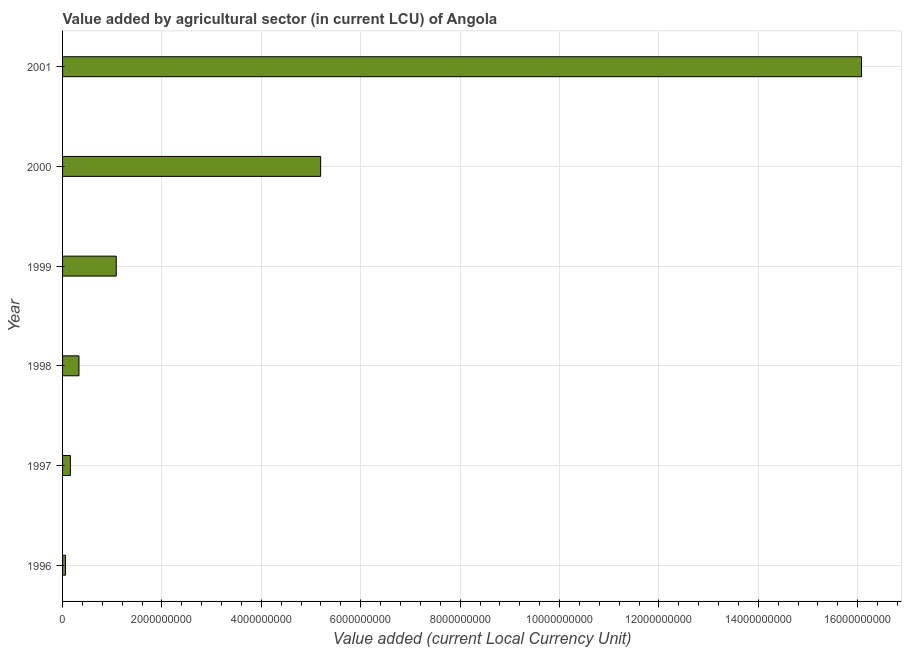
| Year | Agriculture |
 | --- | --- |
 | 1996 | 5.87e+07 |
 | 1997 | 1.58e+08 |
 | 1998 | 3.3e+08 |
 | 1999 | 1.08e+09 |
 | 2000 | 5.19e+09 |
 | 2001 | 1.61e+10 |